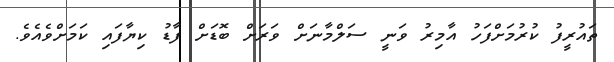
ތައުރީފު ކުރުމަށްފަހު އާމިރު ވަނީ ސަލްމާނަށް ވަރަށް ބޮޑަށް ފާޑު ކިޔާފައި ކަމަށްވެއެވެ.